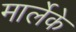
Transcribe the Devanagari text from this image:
मार्लेके